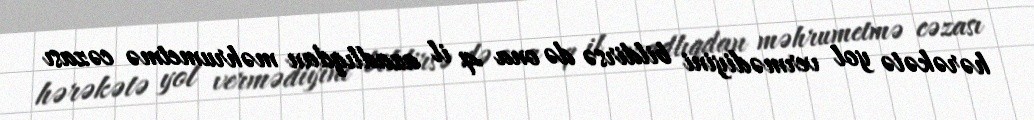
hərəkətə yol vermədiyini bildirsə də ona 4 il azadlıqdan məhrumetmə cəzası